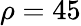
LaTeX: \rho=45